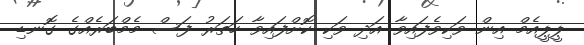
ޕީޕީއެމް އިން ވަކިވެފައިވާ އަދި ވަކި ކޮށްފައިވާ ހަތަރު ފަސް މެމްބަރެއްގެ ގޮނޑި